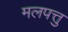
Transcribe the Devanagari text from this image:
मलपत्तु